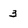
Character: 3